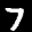
Label: 7